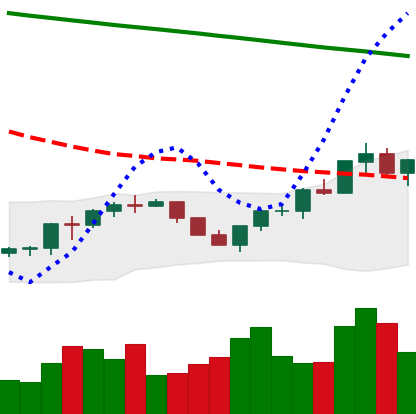
Ticker: BNB-USD
Chart end date: 2022-07-21
Forward return: -6.217%
Label: down_5_7